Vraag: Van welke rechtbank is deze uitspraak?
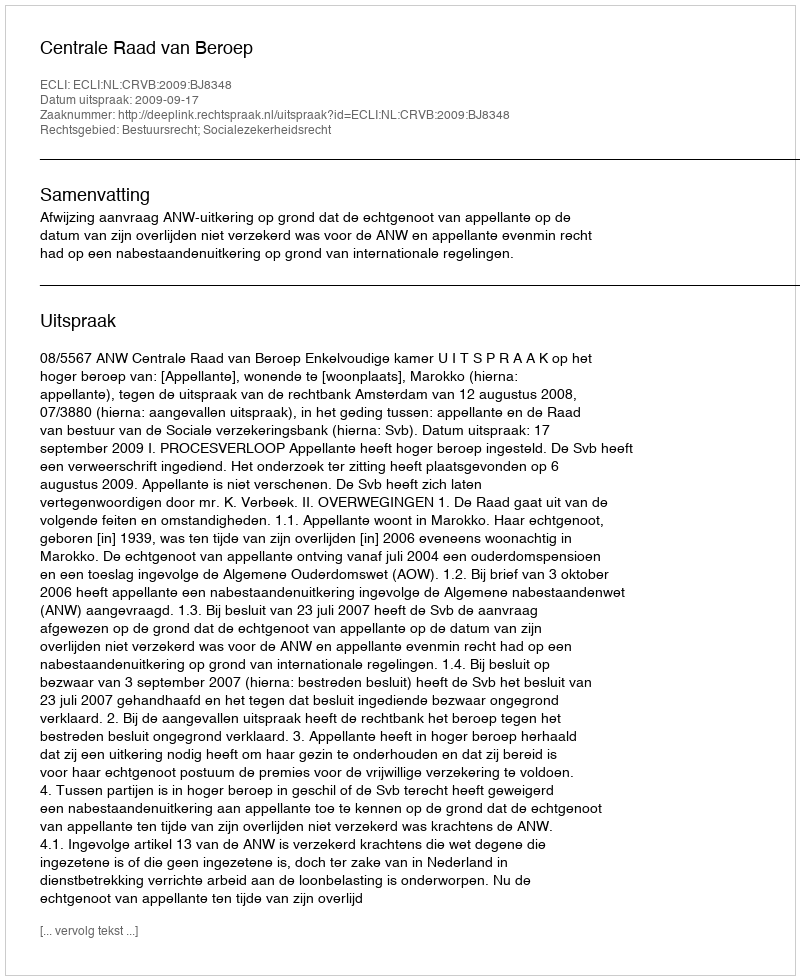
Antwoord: Centrale Raad van Beroep